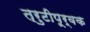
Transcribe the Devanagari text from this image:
त्रुटीपूर्वक